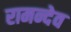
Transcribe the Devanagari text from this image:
रामन्देव